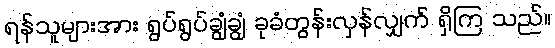
ရန်သူများအား ရွပ်ရွပ်ချွံချွံ ခုခံတွန်းလှန်လျှက် ရှိကြ သည်။